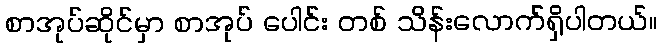
စာအုပ်ဆိုင်မှာ စာအုပ် ပေါင်း တစ် သိန်းလောက်ရှိပါတယ်။